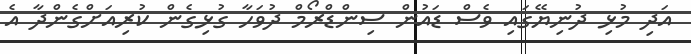
އަދި މުޅި ދުނިޔޭގައި ވެސް ޑައުން ސިންޑްރޯމް ދުވަހާ ގުޅިގެން ކުރިއަށްގެންދާ އެ